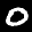
Label: 0